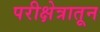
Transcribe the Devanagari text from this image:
परीक्षेत्रातून